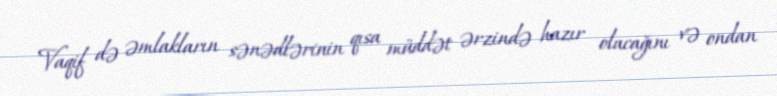
Vaqif də əmlakların sənədlərinin qısa müddət ərzində hazır olacağını və ondan